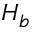
H _ { b }